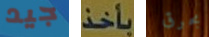
جيد بأخذ بحرق